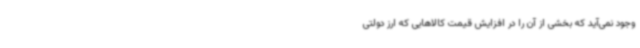
وجود نمی‌آید که بخشی از آن را در افزایش قیمت کالاهایی که ارز دولتی